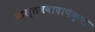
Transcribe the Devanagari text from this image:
वास्तववादापेक्षा